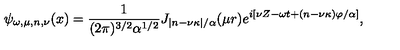
\psi _ { \omega , \mu , n , \nu } ( x ) = \frac { 1 } { ( 2 \pi ) ^ { 3 / 2 } \alpha ^ { 1 / 2 } } J _ { | n - \nu \kappa | / \alpha } ( \mu r ) e ^ { i [ \nu Z - \omega t + ( n - \nu \kappa ) \varphi / \alpha ] } ,